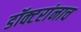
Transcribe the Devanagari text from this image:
डॉक्टरांनाच